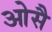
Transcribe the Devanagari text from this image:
ओसै